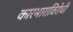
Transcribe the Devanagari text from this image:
कारभाराविरोधी